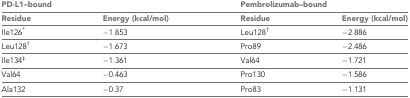
<table><thead><tr><td colspan="2"><b>PD-L1–bound</b></td><td colspan="2"><b>Pembrolizumab–bound</b></td></tr><tr><td><b>Residue</b></td><td><b>Energy (kcal/mol)</b></td><td><b>Residue</b></td><td><b>Energy (kcal/mol)</b></td></tr></thead><tbody><tr><td>Ile126<sup>*</sup></td><td>−1.853</td><td>Leu128<sup>†</sup></td><td>−2.886</td></tr><tr><td>Leu128<sup>†</sup></td><td>−1.673</td><td>Pro89</td><td>−2.486</td></tr><tr><td>Ile134<sup>‡</sup></td><td>−1.361</td><td>Val64</td><td>−1.721</td></tr><tr><td>Val64</td><td>−0.463</td><td>Pro130</td><td>−1.586</td></tr><tr><td>Ala132</td><td>−0.37</td><td>Pro83</td><td>−1.131</td></tr></tbody></table>